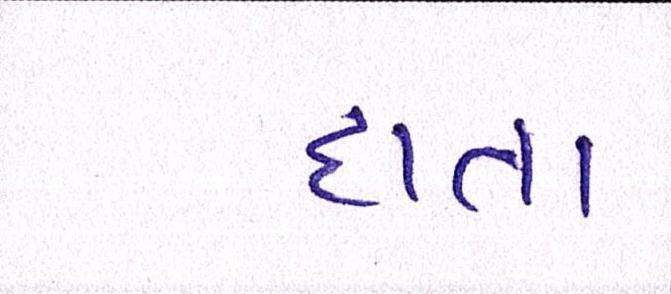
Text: દાતા